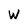
Character: W